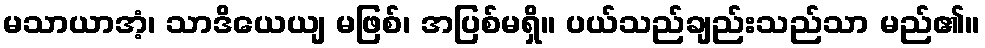
မသာယာအံ့၊ သာဒိယေယျ မဖြစ်၊ အပြစ်မရှိ။ ပယ်သည်ချည်းသည်သာ မည်၏။